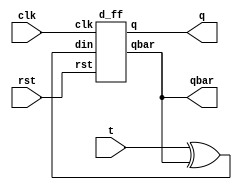
module t_ff(t,clk,rst,q,qbar);
input t,clk,rst;
output q,qbar;
wire d;
xor x1(d,t,qbar);
d_ff d1(d,clk,rst,q,qbar);
endmodule

module d_ff(din,clk,rst,q,qbar);
input din,clk,rst;
output q,qbar;
reg q;
always@(posedge clk or posedge rst)
begin
if(rst)
q=1'b0;
else
q<=din;
end
assign qbar=~q;
endmodule